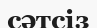
сәтсіз